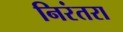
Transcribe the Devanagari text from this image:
निरंतरा